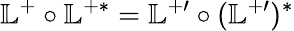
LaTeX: \mathbb{L}^{+}\circ\mathbb{L}^{+\ast}=\mathbb{L}^{+\prime}\circ(\mathbb{L}^{+\prime})^{\ast}